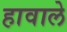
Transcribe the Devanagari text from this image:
हावाले